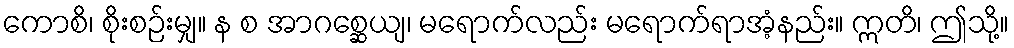
ကောစိ၊ စိုးစဉ်းမျှ။ န စ အာဂစ္ဆေယျ၊ မရောက်လည်း မရောက်ရာအံ့နည်း။ ဣတိ၊ ဤသို့။